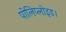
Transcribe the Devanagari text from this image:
पोलिप्लोइड।